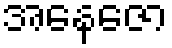
အနေဇော